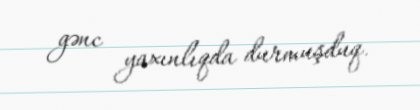
gənc yaxınlıqda durmuşduq.